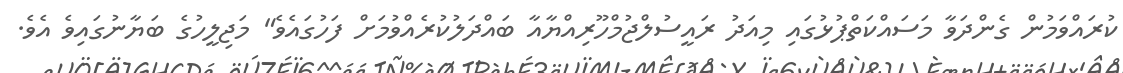
ކުރައްވަމުން ގެންދަވާ މަސައްކަތްޕުޅުގައި މިއަދު ރައީސުލްޖުމްހޫރިއްޔާއާ ބައްދަލުކުރެއްވުމަށް ފަހުގައެވެ" މަޖިލީހުގެ ބަޔާނުގައިވެ އެވެ.